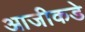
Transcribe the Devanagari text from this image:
आजीकडे